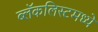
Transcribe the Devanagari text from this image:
ब्लॅकलिस्टमध्ये